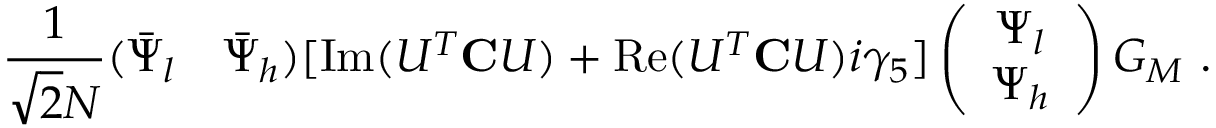
\frac { 1 } { \sqrt { 2 } N } ( \bar { \Psi } _ { l } \quad \bar { \Psi } _ { h } ) [ \mathrm { I m } ( U ^ { T } { \bf C } U ) + \mathrm { R e } ( U ^ { T } { \bf C } U ) i \gamma _ { 5 } ] \left( \begin{array} { c } { { \Psi _ { l } } } \\ { { \Psi _ { h } } } \end{array} \right) G _ { M } \ .